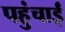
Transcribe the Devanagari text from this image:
पहुंचाईं